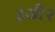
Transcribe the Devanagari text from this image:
३जी२